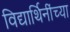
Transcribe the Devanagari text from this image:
विद्यार्थिनींच्या